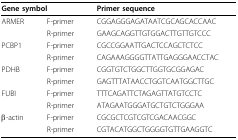
<table><thead><tr><td colspan="2"><b>Gene symbol</b></td><td><b>Primer sequence</b></td></tr></thead><tbody><tr><td>ARMER</td><td>F-primer</td><td>CGGAGGGAGATAATCGCAGCACCAAC</td></tr><tr><td></td><td>R-primer</td><td>GAAGCAGGTTGTGGACTTGTTGTCCC</td></tr><tr><td>PCBP1</td><td>F-primer</td><td>CGCCGGAATTGACTCCAGCTCTCC</td></tr><tr><td></td><td>R-primer</td><td>CAGAAAGGGGTTATTGAGGGAACCTAC</td></tr><tr><td>PDHB</td><td>F-primer</td><td>CGGTGTCTGGCTTGGTGCGGAGAC</td></tr><tr><td></td><td>R-primer</td><td>GAGTTTATAACCTGGTCAATGGCTTGC</td></tr><tr><td>FUBI</td><td>F-primer</td><td>TTTCAGATTCTAGAGTTATGTCCTC</td></tr><tr><td></td><td>R-primer</td><td>ATAGAATGGGATGCTGTCTGGGAA</td></tr><tr><td>β-actin</td><td>F-primer</td><td>CGCGCTCGTCGTCGACAACGGC</td></tr><tr><td></td><td>R-primer</td><td>CGTACATGGCTGGGGTGTTGAAGGTC</td></tr></tbody></table>